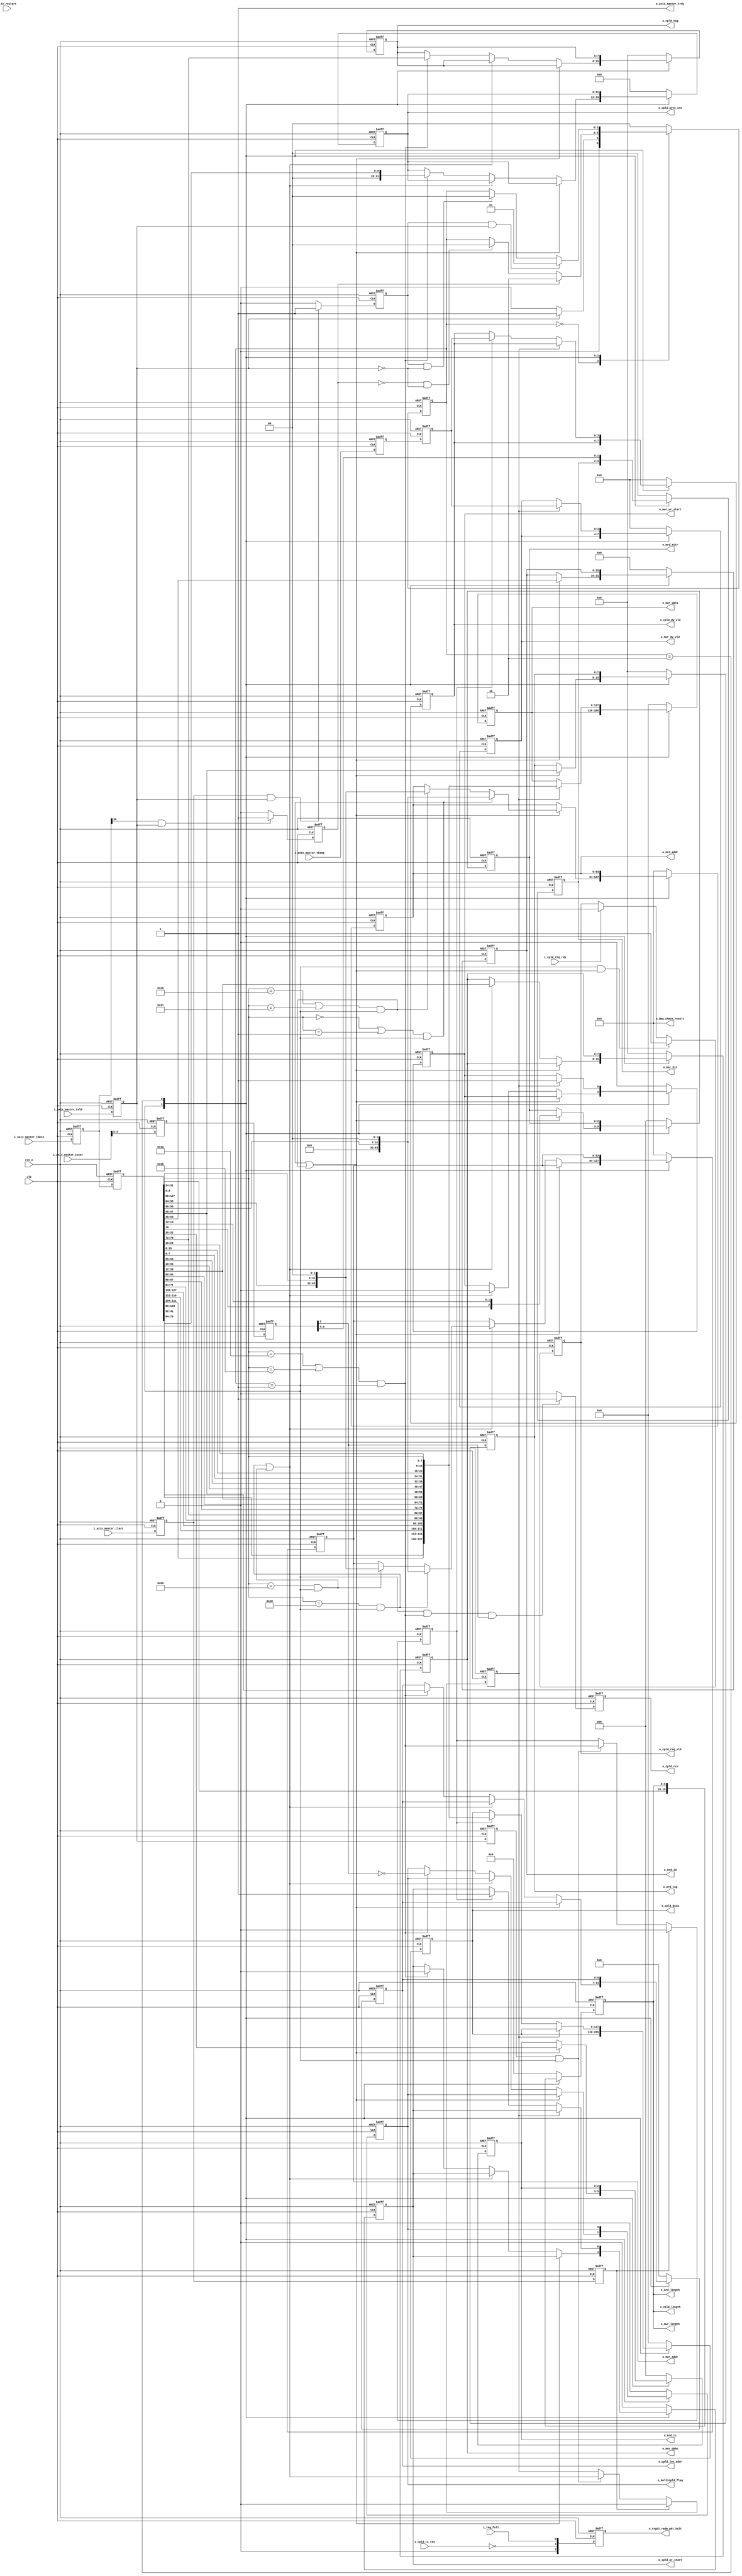
module ipsl_pcie_dma_tlp_rcv#(
    parameter                   DEVICE_TYPE = 3'd0          //3'd0:EP,3'd1:Legacy EP,3'd4:RC
)(
    input                       clk                     ,   //gen1:62.5MHz,gen2:125MHz
    input                       rst_n                   ,

    //**********************************************************************
    //AXIS master interface
    input                       i_axis_master_tvld      ,
    output  wire                o_axis_master_trdy      ,
    input           [127:0]     i_axis_master_tdata     ,
    input           [3:0]       i_axis_master_tkeep     ,
    input                       i_axis_master_tlast     ,
    input           [7:0]       i_axis_master_tuser     ,
    output  reg     [2:0]       o_trgt1_radm_pkt_halt   ,
//    input           [5:0]       i_radm_grant_tlp_type   ,

    //**********************************************************************
    //to mwr write control
    output  reg                 o_mwr_wr_start          ,
    output  wire    [9:0]       o_mwr_length            ,
    output  reg     [7:0]       o_mwr_dwbe              ,
    output  reg     [127:0]     o_mwr_data              ,
    output  reg     [3:0]       o_mwr_dw_vld            ,
    output  reg     [63:0]      o_mwr_addr              ,
    //to cpld write control
    output  reg                 o_cpld_wr_start         ,
    output  wire    [9:0]       o_cpld_length           ,
    output  reg     [6:0]       o_cpld_low_addr         ,
    output  reg     [11:0]      o_cpld_byte_cnt         ,
    output  reg     [127:0]     o_cpld_data             ,
    output  reg     [3:0]       o_cpld_dw_vld           ,
    output  reg     [7:0]       o_cpld_tag              ,
    output  reg                 o_multicpld_flag        ,
    //write bar hit
    output  reg     [1:0]       o_bar_hit               ,
    /////////////////////
    //2'b0:bar0 hit
    //2'b1:bar1 hit
    //2'b2:bar2 hit
    //2'b3:reserved
    /////////////////////

    //**********************************************************************
    //to tx top
    //req rcv
    output  reg     [2:0]       o_mrd_tc                ,
    output  reg     [2:0]       o_mrd_attr              ,
    output  wire    [9:0]       o_mrd_length            ,
    output  reg     [15:0]      o_mrd_id                ,
    output  reg     [7:0]       o_mrd_tag               ,
    output  reg     [63:0]      o_mrd_addr              ,

    output  reg                 o_cpld_req_vld          ,
    input                       i_cpld_req_rdy          ,
    input                       i_cpld_tx_rdy           ,
    //cpld rcv
    output  reg                 o_cpld_rcv              ,
    //output  wire    [7:0]       o_cpld_tag,
    input                       i_tag_full              ,
    //**********************************************************************
    //rst tlp cnt
    output  reg     [63:0]      o_dma_check_result      ,
    input                       i_tx_restart
    //form DMA controller
    //output  wire    [42:0]      o_dbg_bus               ,
    //output  wire    [69:0]      o_dbg_tlp_rcv_cnt
);

localparam IDLE      = 2'd0;
localparam HEAD_RCV  = 2'd1;
localparam DATA_RCV  = 2'd2;

localparam MRD_32    = 8'h0;
localparam MRD_64    = 8'h20;
localparam MRDLK_32  = 8'h01;
localparam MRDLK_64  = 8'h21;
localparam MWR_32    = 8'h40;
localparam MWR_64    = 8'h60;
localparam CPLD      = 8'h4A;
localparam CPLDLK    = 8'h4B;

//fsm
reg  [1:0]      state;
reg  [1:0]      next_state;

//
reg             eop;
wire [2:0]      tlp_fmt;
wire [4:0]      tlp_type;
reg  [9:0]      tlp_length;

wire            mrd32_rcv;
wire            mrd64_rcv;
wire            mrd_rcv;

wire            mwr32_rcv;
wire            mwr64_rcv;
wire            mwr_rcv;
reg             mwr_data_valid;

wire            cpld_rcv;
reg             cpld_data_valid;

reg             with_data;

wire [127:0]    axis_rx_data;

reg  [11:0]     dma_check_cnt;
reg  [5:0]      data_cnt;

reg             axis_master_tvld;
reg             axis_master_tvld_ff;
reg  [127:0]    axis_master_tdata;
reg  [127:0]    axis_master_tdata_ff;
reg  [3:0]      axis_master_tkeep;
reg  [3:0]      axis_master_tkeep_ff;
reg             axis_master_tlast;
reg             axis_master_tlast_ff;
reg  [7:0]      axis_master_tuser;
reg  [7:0]      axis_master_tuser_ff;
//reg  [5:0]      radm_grant_tlp_type;
//reg  [5:0]      radm_grant_tlp_type_ff;

//axis reg_in
always @(posedge clk or negedge rst_n)
begin
    if (!rst_n)
    begin
        axis_master_tvld    <= 1'b0;
        axis_master_tdata   <= 128'b0;
        axis_master_tkeep   <= 4'b0;
        axis_master_tlast   <= 1'b0;
        axis_master_tuser   <= 8'b0;
        //radm_grant_tlp_type <= 6'b0;
    end
    else
    begin
        axis_master_tvld    <= i_axis_master_tvld;
        axis_master_tdata   <= i_axis_master_tdata;
        axis_master_tkeep   <= i_axis_master_tkeep;
        axis_master_tlast   <= i_axis_master_tlast;
        axis_master_tuser   <= i_axis_master_tuser;
        //radm_grant_tlp_type <= i_radm_grant_tlp_type;
    end
end

always @(posedge clk or negedge rst_n)
begin
    if (!rst_n)
    begin
        axis_master_tvld_ff    <= 1'b0;
        axis_master_tdata_ff   <= 128'b0;
        axis_master_tkeep_ff   <= 4'b0;
        axis_master_tlast_ff   <= 1'b0;
        axis_master_tuser_ff   <= 8'b0;
        //radm_grant_tlp_type_ff <= 6'b0;
    end
    else
    begin
        axis_master_tvld_ff    <= axis_master_tvld;
        axis_master_tdata_ff   <= axis_master_tdata;
        axis_master_tkeep_ff   <= axis_master_tkeep;
        axis_master_tlast_ff   <= axis_master_tlast;
        axis_master_tuser_ff   <= axis_master_tuser;
        //radm_grant_tlp_type_ff <= radm_grant_tlp_type;
    end
end

assign o_axis_master_trdy = 1'b1;
//fmt,type
assign tlp_fmt    = axis_master_tdata_ff[31:29];
assign tlp_type   = axis_master_tdata_ff[28:24];

//recive mrd
assign mrd32_rcv = ({tlp_fmt,tlp_type} == MRD_32 || {tlp_fmt,tlp_type} == MRDLK_32) && state == HEAD_RCV;
assign mrd64_rcv = ({tlp_fmt,tlp_type} == MRD_64 || {tlp_fmt,tlp_type} == MRDLK_64) && state == HEAD_RCV;
assign mrd_rcv   = mrd32_rcv || mrd64_rcv;
//recive mwr
assign mwr32_rcv = ({tlp_fmt,tlp_type} == MWR_32) && state == HEAD_RCV;
assign mwr64_rcv = ({tlp_fmt,tlp_type} == MWR_64) && state == HEAD_RCV;
assign mwr_rcv   = mwr32_rcv || mwr64_rcv;
//recive cpld
assign cpld_rcv = ({tlp_fmt,tlp_type} == CPLD || {tlp_fmt,tlp_type} == CPLDLK) && state == HEAD_RCV;

always @(posedge clk or negedge rst_n)
begin
    if (!rst_n)
        mwr_data_valid <= 1'b0;
    else if(axis_master_tlast_ff)
        mwr_data_valid <= 1'b0;
    else if(axis_master_tvld_ff && o_axis_master_trdy && state == HEAD_RCV)
        mwr_data_valid <= mwr_rcv;
end

always @(posedge clk or negedge rst_n)
begin
    if (!rst_n)
        cpld_data_valid <= 1'b0;
    else if(axis_master_tlast_ff)
        cpld_data_valid <= 1'b0;
    else if(axis_master_tvld_ff && o_axis_master_trdy && state == HEAD_RCV)
        cpld_data_valid <= cpld_rcv;
end

//tlp with payload
always @(posedge clk or negedge rst_n)
begin
    if (!rst_n)
        with_data <= 1'b0;
    else if(axis_master_tdata[30] && axis_master_tvld && o_axis_master_trdy)
        with_data <= 1'b1;
    else
        with_data <= 1'b0;
end

//eop
always @(posedge clk or negedge rst_n)
begin
    if (!rst_n)
        eop <= 1'b0;
    else if(axis_master_tlast && axis_master_tvld && o_axis_master_trdy)
        eop <= 1'b1;
    else
        eop <= 1'b0;
end

always @(posedge clk or negedge rst_n)
begin
    if (!rst_n)
        state <= IDLE;
    else
        state <= next_state;
end

always @(*)
begin
    case(state)
        IDLE:
        begin
            if(axis_master_tvld && o_axis_master_trdy) //start transfer
                next_state = HEAD_RCV;
            else
                next_state = IDLE;
        end
        HEAD_RCV:
        begin
            if(with_data)
                next_state = DATA_RCV;
            else if(~with_data && ~(o_axis_master_trdy && axis_master_tvld)) //without data
                next_state = IDLE;
            else
                next_state = state;
        end
        DATA_RCV:
        begin
            if(eop && o_axis_master_trdy && axis_master_tvld)//back to back transmit
                next_state = HEAD_RCV;
            else if(eop && ~(o_axis_master_trdy && axis_master_tvld))//transmit end
                next_state = IDLE;
            else
                next_state = state;
        end
        default:
        begin
            next_state = IDLE;
        end
    endcase
end


always @(posedge clk or negedge rst_n)
begin
    if (!rst_n)
    begin
        //comon header
        tlp_length          <=  10'b0;
        //mrd
        o_mrd_tc            <=  3'b0;
        o_mrd_attr          <=  3'b0;
        o_mrd_id            <=  16'b0;
        o_mrd_tag           <=  8'b0;
        o_mrd_addr          <=  64'b0;
        //mwr
        o_mwr_wr_start      <=  1'b0;
        o_mwr_dwbe          <=  8'b0;
        o_mwr_data          <=  128'b0;
        o_mwr_dw_vld        <=  4'b0;
        o_mwr_addr          <=  64'b0;
        //cpld
        o_cpld_wr_start     <=  1'b0;
        o_cpld_low_addr     <=  7'b0;
        o_cpld_byte_cnt     <=  12'b0;
        o_cpld_data         <=  128'b0;
        o_cpld_dw_vld       <=  4'b0;
        o_cpld_tag          <=  8'b0;
        o_bar_hit           <=  2'b0;
        o_multicpld_flag    <=  1'b0;
    end
    else
    begin
        case(state)
            IDLE:
            begin
                tlp_length          <=  10'b0;
                //mrd
                o_mrd_tc            <=  3'b0;
                o_mrd_attr          <=  3'b0;
                o_mrd_id            <=  16'b0;
                o_mrd_tag           <=  8'b0;
                o_mrd_addr          <=  64'b0;
                //mwr
                o_mwr_wr_start      <=  1'b0;
                o_mwr_dwbe          <=  8'b0;
                o_mwr_data          <=  128'b0;
                o_mwr_dw_vld        <=  4'b0;
                o_mwr_addr          <=  64'b0;
                //cpld
                o_cpld_wr_start     <=  1'b0;
                o_cpld_low_addr     <=  7'b0;
                o_cpld_byte_cnt     <=  12'b0;
                o_cpld_data         <=  128'b0;
                o_cpld_dw_vld       <=  4'b0;
                o_cpld_tag          <=  8'b0;
                o_bar_hit           <=  2'b0;
                o_multicpld_flag    <=  1'b0;
            end
            HEAD_RCV:
            begin
                //length
                tlp_length          <=  axis_master_tdata_ff[9:0];

                if(mrd_rcv)
                begin
                    o_mrd_tc        <=  axis_master_tdata_ff[22:20];
                    o_mrd_attr      <=  {axis_master_tdata_ff[18],axis_master_tdata_ff[13:12]};
                    o_mrd_id        <=  axis_master_tdata_ff[63:48];
                    o_mrd_tag       <=  axis_master_tdata_ff[47:40];
                    //address
                    if (mrd32_rcv)
                        o_mrd_addr      <=  {32'b0,axis_master_tdata_ff[95:66],2'b0};
                    else if(mrd64_rcv)
                        o_mrd_addr      <=  {axis_master_tdata_ff[95:64],axis_master_tdata_ff[127:98],2'b0};

                end
                else if (mwr_rcv)
                begin
                    o_mwr_wr_start      <=  1'b0;
                    o_mwr_dwbe          <=  axis_master_tdata_ff[39:32];
                    //address
                    if (mwr32_rcv)
                        o_mwr_addr      <=  {32'b0,axis_master_tdata_ff[95:66],2'b0};
                    else if(mwr64_rcv)
                        o_mwr_addr      <=  {axis_master_tdata_ff[95:64],axis_master_tdata_ff[127:98],2'b0};
                end
                else if (cpld_rcv)
                begin
                    o_cpld_wr_start     <=  1'b0;
                    o_cpld_byte_cnt     <=  axis_master_tdata_ff[41:32];
                    o_cpld_low_addr     <=  axis_master_tdata_ff[70:64];
                    o_cpld_tag          <=  axis_master_tdata_ff[79:72];
                    o_multicpld_flag    <=  ~axis_master_tuser_ff[3];
                end
            end
            DATA_RCV:
            begin
                o_bar_hit           <=  axis_master_tuser_ff[5:4];
                if(mwr_data_valid)
                begin
                    o_mwr_wr_start  <=  1'b1;
                    o_mwr_data      <=  axis_rx_data;
                    o_mwr_dw_vld    <=  axis_master_tkeep_ff;
                end
                else if(cpld_data_valid)
                begin
                    o_cpld_wr_start <=  1'b1;
                    o_cpld_data     <=  axis_rx_data;
                    o_cpld_dw_vld   <=  axis_master_tkeep_ff;
                end
            end
            default:
            begin
                tlp_length          <=  10'b0;
                //mrd
                o_mrd_tc            <=  3'b0;
                o_mrd_attr          <=  3'b0;
                o_mrd_id            <=  16'b0;
                o_mrd_tag           <=  8'b0;
                o_mrd_addr          <=  64'b0;
                //mwr
                o_mwr_wr_start      <=  1'b0;
                o_mwr_dwbe          <=  8'b0;
                o_mwr_data          <=  128'b0;
                o_mwr_dw_vld        <=  4'b0;
                o_mwr_addr          <=  64'b0;
                //cpld
                o_cpld_wr_start     <=  1'b0;
                o_cpld_low_addr     <=  7'b0;
                o_cpld_byte_cnt     <=  12'b0;
                o_cpld_data         <=  128'b0;
                o_cpld_dw_vld       <=  4'b0;
                o_cpld_tag          <=  8'b0;
                o_bar_hit           <=  2'b0;
                o_multicpld_flag    <=  1'b0;
            end
        endcase
    end
end

assign o_mwr_length  = tlp_length;
assign o_mrd_length  = tlp_length;
assign o_cpld_length = tlp_length;

//rcv mrd:cpld req
always @(posedge clk or negedge rst_n)
begin
    if(!rst_n)
        o_cpld_req_vld <= 1'b0;
    else if((state == HEAD_RCV) && mrd_rcv)
        o_cpld_req_vld <= 1'b1;
    else if(i_cpld_req_rdy)
        o_cpld_req_vld <= 1'b0;
end

//rcv cpld:release cpld tag
always @(posedge clk or negedge rst_n)
begin
    if(!rst_n)
        o_cpld_rcv <= 1'b0;
    else if((state == HEAD_RCV) && cpld_rcv && axis_master_tuser_ff[3]) //for multicpld,i_axis_master_tuser[3]:Indicates the last completion TLP
        o_cpld_rcv <= 1'b1;
    else
        o_cpld_rcv <= 1'b0;
end

//o_trgt1_radm_pkt_halt[0]:Halt posted TLPs for VC0,MWR
//o_trgt1_radm_pkt_halt[1]:Halt non-posted TLPs for VC0,MRD
//o_trgt1_radm_pkt_halt[2]:Halt CPL TLPs for VC0,CPLD
always@(posedge clk or negedge rst_n)
begin
    if(!rst_n)
        o_trgt1_radm_pkt_halt <= 3'b0;
    else
        o_trgt1_radm_pkt_halt <= {1'b0,~i_cpld_tx_rdy,i_tag_full};
end

//******************************************************************debug logic*************************************************************************
//check for 128byte only
reg     [2:0]   tlp_data_cnt;
reg     [13:0]  tlp_rx_check_pass_cnt;
reg     [13:0]  tlp_rx_check_error_cnt;
reg     [13:0]  tlp_rx_sum;
reg     [13:0]  multcpld_cnt;
wire            tlp_rx_vld;
reg             check_error_flag;
//rcv tlp cnt
reg     [13:0]  mwr_rcv_cnt;
reg     [13:0]  mrd_rcv_cnt;
reg     [13:0]  cpld_rcv_cnt;
//wire    [41:0]  o_dbg_tlp_rcv_cnt;

assign tlp_rx_vld = axis_master_tvld_ff && o_axis_master_trdy;

always@(posedge clk or negedge rst_n)
begin
    if(!rst_n)
        tlp_data_cnt <= 3'b0;
    else if(axis_master_tlast_ff)
        tlp_data_cnt <= 3'b0;
    else if(cpld_data_valid && tlp_rx_vld)
        tlp_data_cnt <= tlp_data_cnt + 3'b1;
end

always@(posedge clk or negedge rst_n)
begin
    if(!rst_n)
        tlp_rx_sum <= 14'b0;
    else if(i_tx_restart)
        tlp_rx_sum <= 14'b0;
    else if(axis_master_tlast_ff  && tlp_rx_vld)
        tlp_rx_sum <= tlp_rx_sum + 14'b1;
end

//rcv tlp cnt

always@(posedge clk or negedge rst_n)
begin
    if(!rst_n)
        mwr_rcv_cnt <= 14'b0;
    else if(i_tx_restart)
        mwr_rcv_cnt <= 14'b0;
    else if(mwr_rcv)
        mwr_rcv_cnt <= mwr_rcv_cnt + 14'b1;
end

always@(posedge clk or negedge rst_n)
begin
    if(!rst_n)
        mrd_rcv_cnt <= 14'b0;
    else if(i_tx_restart)
        mrd_rcv_cnt <= 14'b0;
    else if(mrd_rcv)
        mrd_rcv_cnt <= mrd_rcv_cnt + 14'b1;
end

always@(posedge clk or negedge rst_n)
begin
    if(!rst_n)
        cpld_rcv_cnt <= 14'b0;
    else if(i_tx_restart)
        cpld_rcv_cnt <= 14'b0;
    else if(cpld_rcv)
        cpld_rcv_cnt <= cpld_rcv_cnt + 14'b1;
end

//assign o_dbg_tlp_rcv_cnt = {
//                            mwr_rcv_cnt,            //41:28
//                            mrd_rcv_cnt,            //27:14
//                            cpld_rcv_cnt            //13:0
//                            };

//check multicpld,i_axis_master_tuser[3]

always@(posedge clk or negedge rst_n)
begin
    if(!rst_n)
        multcpld_cnt <= 14'b0;
    else if(i_tx_restart)
        multcpld_cnt <= 14'b0;
    else if(cpld_data_valid && axis_master_tlast_ff && ~axis_master_tuser_ff[3])
        multcpld_cnt <= multcpld_cnt + 14'b1;
end

//******************************************************************check logic*************************************************************************
//DMA check
//note:
//1.mrd addr must equal to mwr addr
//2.addr must 4dw aligned
//3.only for DMA test
//otherwise the check logic will not work properly
generate
    if (DEVICE_TYPE == 3'd4)
    begin
        always@(posedge clk or negedge rst_n)
        begin
            if(!rst_n)
                dma_check_cnt <= 12'b0;
            else if(mwr_rcv)
                dma_check_cnt <=  {axis_master_tdata_ff[79:68]};
            else if(mwr_data_valid)
                dma_check_cnt <= dma_check_cnt + 12'b1;
        end

        always@(posedge clk or negedge rst_n)
        begin
            if(!rst_n)
                data_cnt <= 6'b0;
            else if(mrd_rcv)
                data_cnt <=  6'd0;
            else if(mwr_data_valid)
                data_cnt <= data_cnt + 6'b1;
        end

        always@(posedge clk or negedge rst_n)
        begin
            if(!rst_n)
                o_dma_check_result <= 64'b0;
            else if(mrd_rcv)
                o_dma_check_result <= 64'b0;
            else if(mwr_data_valid)
                o_dma_check_result[data_cnt] <= ~(dma_check_cnt == axis_rx_data[11:0]);
        end
    end
    else
    begin
        always@(*)
        begin
            o_dma_check_result = 64'b0;
        end
    end
endgenerate
assign axis_rx_data = endian_convert(axis_master_tdata_ff);
//convert from little endian into big endian
function [127:0] endian_convert;
    input [127:0] data_in;
    begin
        endian_convert[32*0+31:32*0+0] = {data_in[32*0+7:32*0+0], data_in[32*0+15:32*0+8], data_in[32*0+23:32*0+16], data_in[32*0+31:32*0+24]};
        endian_convert[32*1+31:32*1+0] = {data_in[32*1+7:32*1+0], data_in[32*1+15:32*1+8], data_in[32*1+23:32*1+16], data_in[32*1+31:32*1+24]};
        endian_convert[32*2+31:32*2+0] = {data_in[32*2+7:32*2+0], data_in[32*2+15:32*2+8], data_in[32*2+23:32*2+16], data_in[32*2+31:32*2+24]};
        endian_convert[32*3+31:32*3+0] = {data_in[32*3+7:32*3+0], data_in[32*3+15:32*3+8], data_in[32*3+23:32*3+16], data_in[32*3+31:32*3+24]};
    end
endfunction

endmodule